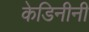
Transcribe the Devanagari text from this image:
केडिनीनी